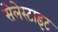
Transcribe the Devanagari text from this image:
सेलेस्टाइट